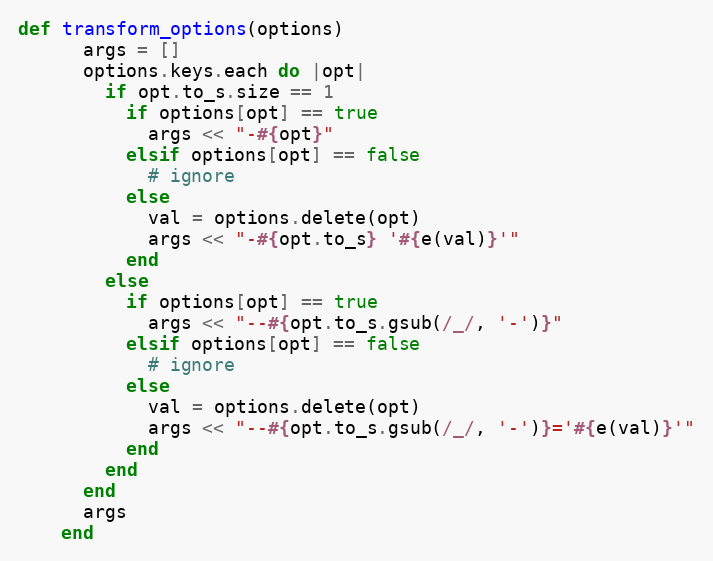
Language: Ruby
def transform_options(options)
      args = []
      options.keys.each do |opt|
        if opt.to_s.size == 1
          if options[opt] == true
            args << "-#{opt}"
          elsif options[opt] == false
            # ignore
          else
            val = options.delete(opt)
            args << "-#{opt.to_s} '#{e(val)}'"
          end
        else
          if options[opt] == true
            args << "--#{opt.to_s.gsub(/_/, '-')}"
          elsif options[opt] == false
            # ignore
          else
            val = options.delete(opt)
            args << "--#{opt.to_s.gsub(/_/, '-')}='#{e(val)}'"
          end
        end
      end
      args
    end